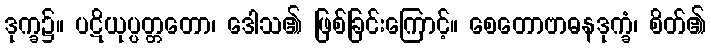
ဒုက္ခ၌။ ပဋိယုပ္ပတ္တတော၊ ဒေါသ၏ ဖြစ်ခြင်းကြောင့်။ စေတောဗာဓနဒုက္ခံ၊ စိတ်၏